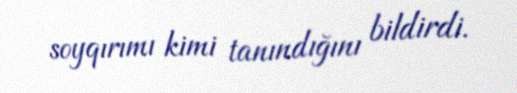
soyqırımı kimi tanındığını bildirdi.